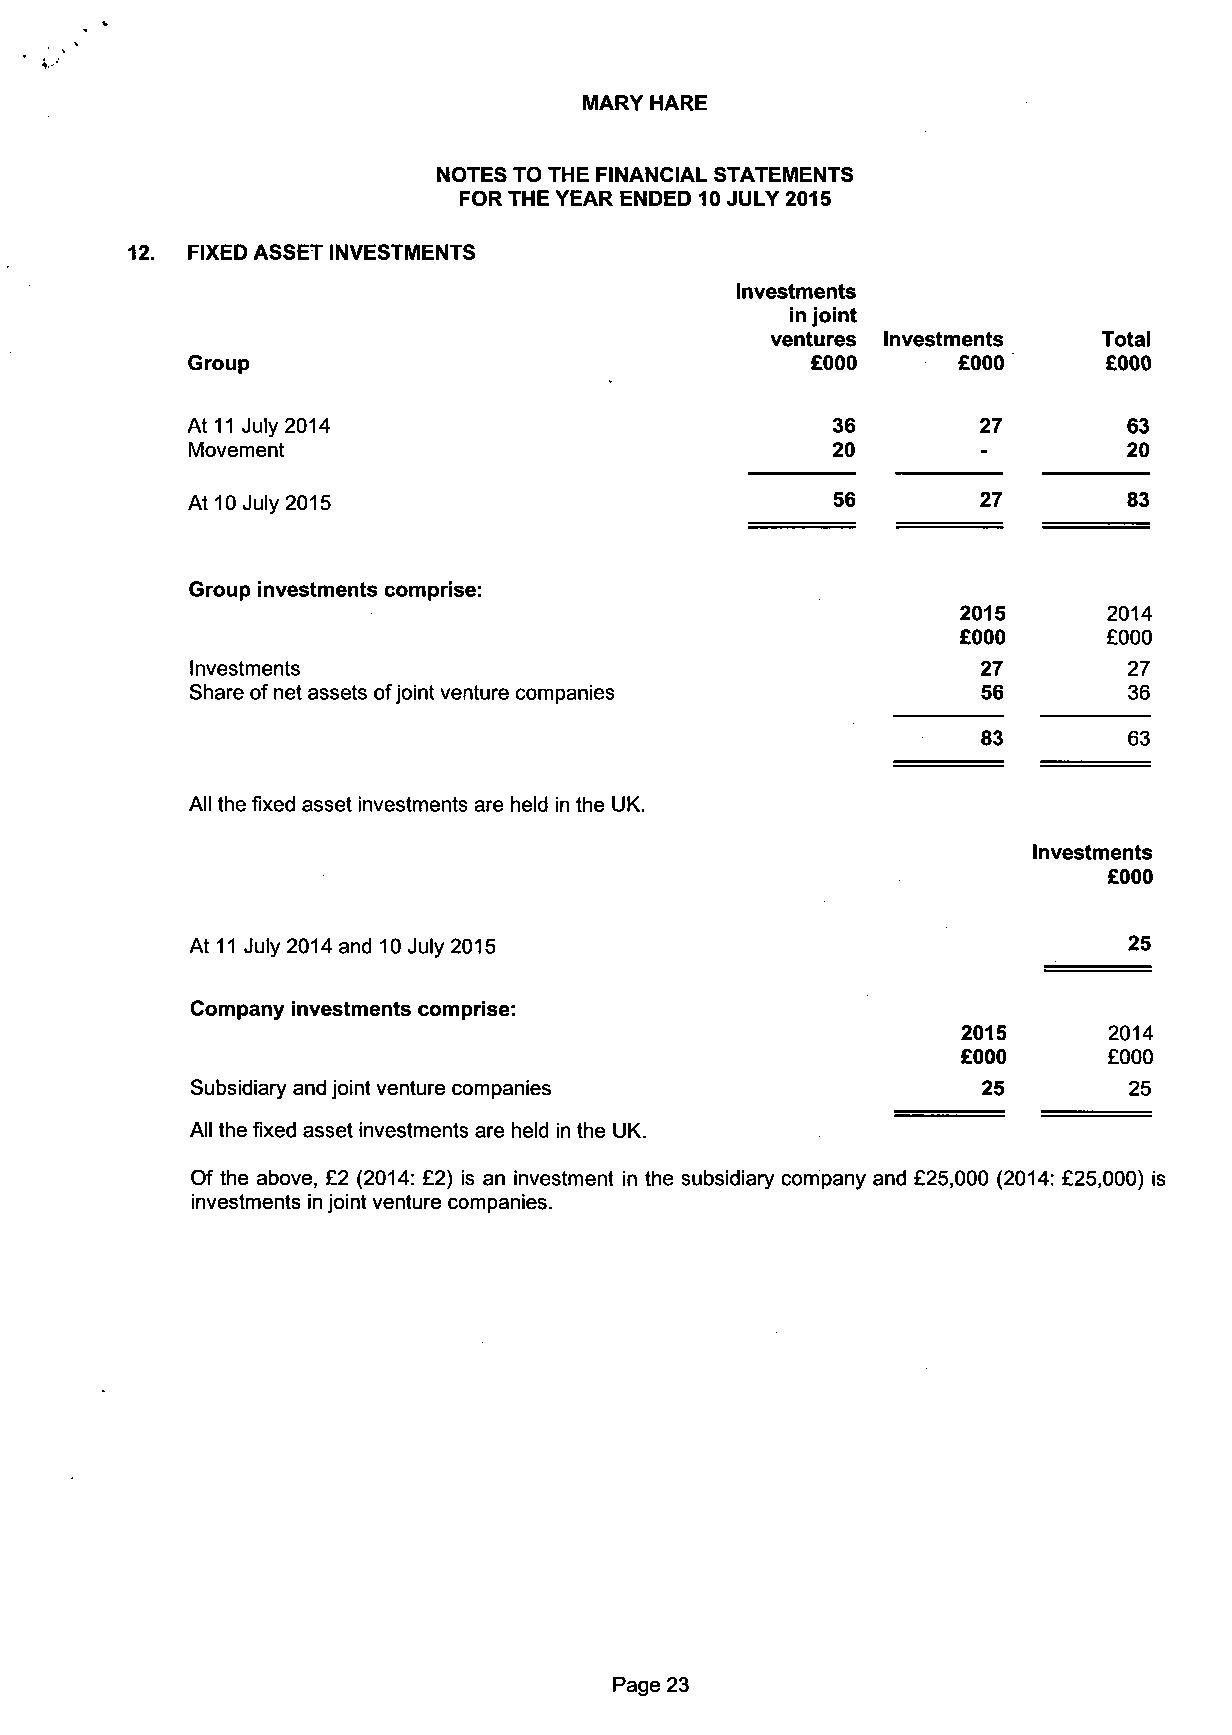
MARY HARE
 NOTES TO THE FINANCIAL STATEMENTS
 FOR THE YEAR ENDED 10 JULY 2015
 FIXED ASSET INVESTMENTS
 Investments
 in joint
 ventures Investments  Total
 Group                                     £000     £000      £000
 At 11 July 2014                            36        27        63
 Movement                                   20                  20
 At 10 July 2015                            56        27        83
 Group investments comprise:
 2015     2014
 £000      £000
 Investments                                         27        27
 Share of net assets of joint venture companies      56        36
 83        63
 All the fixed asset investments are held in the UK.
 Investments
 £000
 At 11 July 2014 and 10 July 2015                              25
 Company investments comprise:
 2015     2014
 £000     £000
 Subsidiary and joint venture companies              25        25
 All the fixed asset investments are held in the UK.
 Of the above, £2 (2014: £2) is an investment in the subsidiary company and £25,000 (2014: £25,000) is
 investments in joint venture companies.
 Page 23